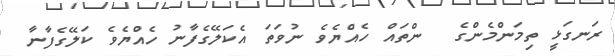
ރަނގަޅީ ތިމަންމެންގެ  ންތައް ހެއްޔެވެ ނުވަތަ އެކަލޭގެފާނު ހެއްޔެވެ ކަލޭގެފާނާ